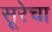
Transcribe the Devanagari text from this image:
सूरेचा